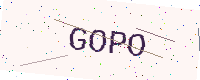
Text: GOPO